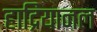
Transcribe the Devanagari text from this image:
हाद्रियानल